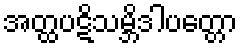
အတ္ထပဋိသမ္ဘိဒါပတ္တော